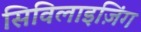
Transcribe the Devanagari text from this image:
सिविलाइज़िंग